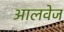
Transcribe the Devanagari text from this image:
आलवेज